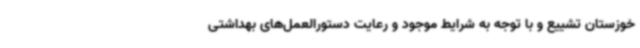
خوزستان تشییع و با توجه به شرایط موجود و رعایت دستورالعمل‌های بهداشتی